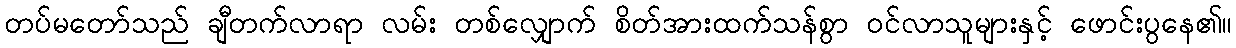
တပ်မတော်သည် ချီတက်လာရာ လမ်း တစ်လျှောက် စိတ်အားထက်သန်စွာ ဝင်လာသူများနှင့် ဖောင်းပွနေ၏။